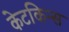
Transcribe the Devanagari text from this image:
केटकिन्स